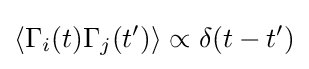
\langle \Gamma _{i}(t)\Gamma _{j}(t')\rangle \propto \delta (t-t')